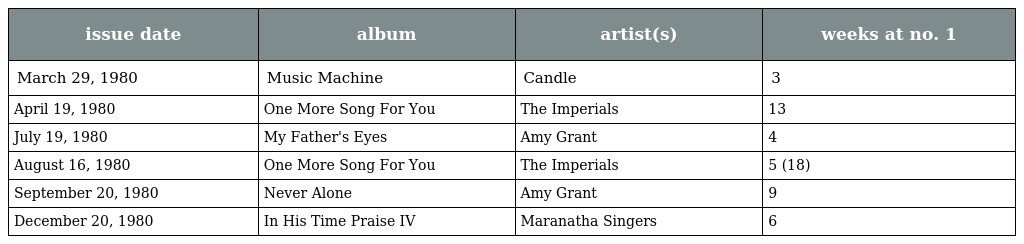
| issue date | album | artist(s) | weeks at no. 1 |
 | --- | --- | --- | --- |
 | March 29, 1980 | Music Machine | Candle | 3 |
 | April 19, 1980 | One More Song For You | The Imperials | 13 |
 | July 19, 1980 | My Father's Eyes | Amy Grant | 4 |
 | August 16, 1980 | One More Song For You | The Imperials | 5 (18) |
 | September 20, 1980 | Never Alone | Amy Grant | 9 |
 | December 20, 1980 | In His Time Praise IV | Maranatha Singers | 6 |